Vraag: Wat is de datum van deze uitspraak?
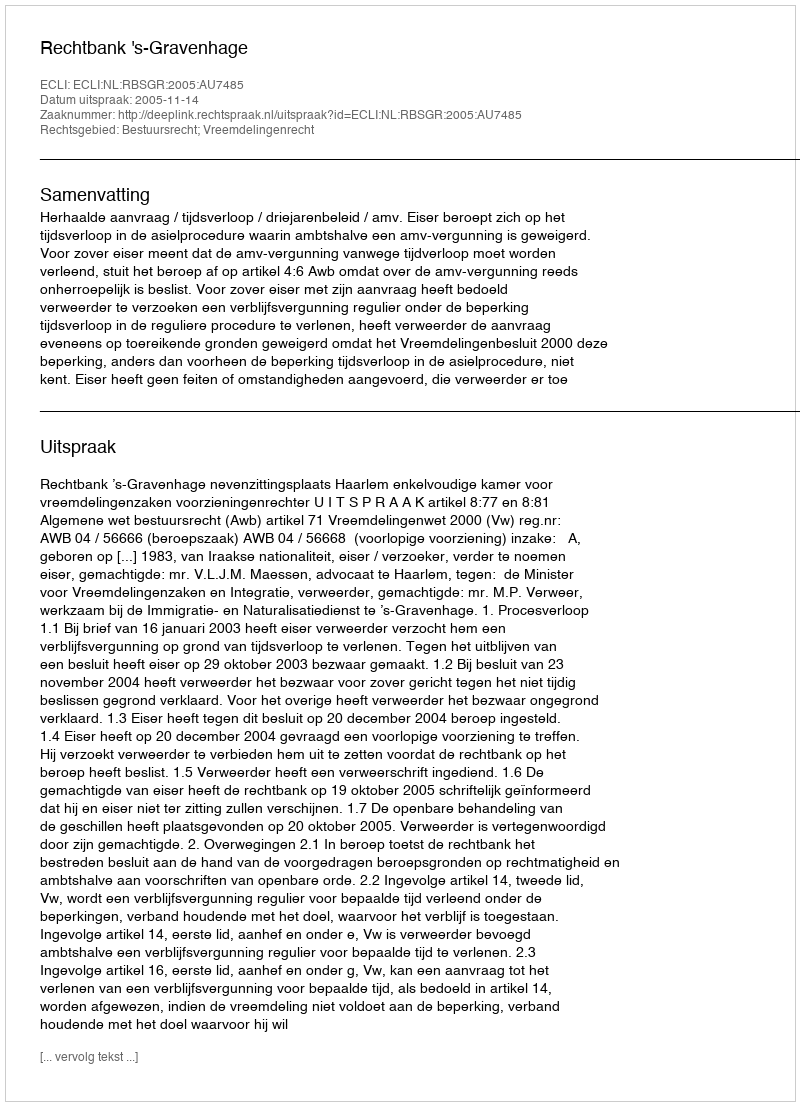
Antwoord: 2005-11-14